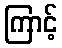
ကြာင့်